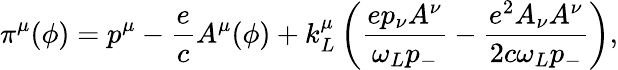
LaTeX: \pi^{\mu}(\phi)=p^{\mu}-\frac{e}{c}A^{\mu}(\phi)+k_{L}^{\mu}\left(\frac{ep_{\nu}A^{\nu}}{\omega_{L}p_{-}}-\frac{e^{2}A_{\nu}A^{\nu}}{2c\omega_{L}p_{-}}\right),